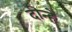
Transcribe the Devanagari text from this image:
दीन्हे